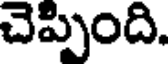
చెప్పింది.